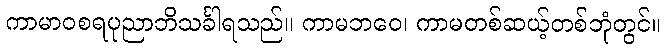
ကာမာဝစရပုညာဘိသင်္ခါရသည်။ ကာမဘဝေ၊ ကာမတစ်ဆယ့်တစ်ဘုံတွင်။